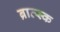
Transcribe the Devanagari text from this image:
ब्रात्स्क